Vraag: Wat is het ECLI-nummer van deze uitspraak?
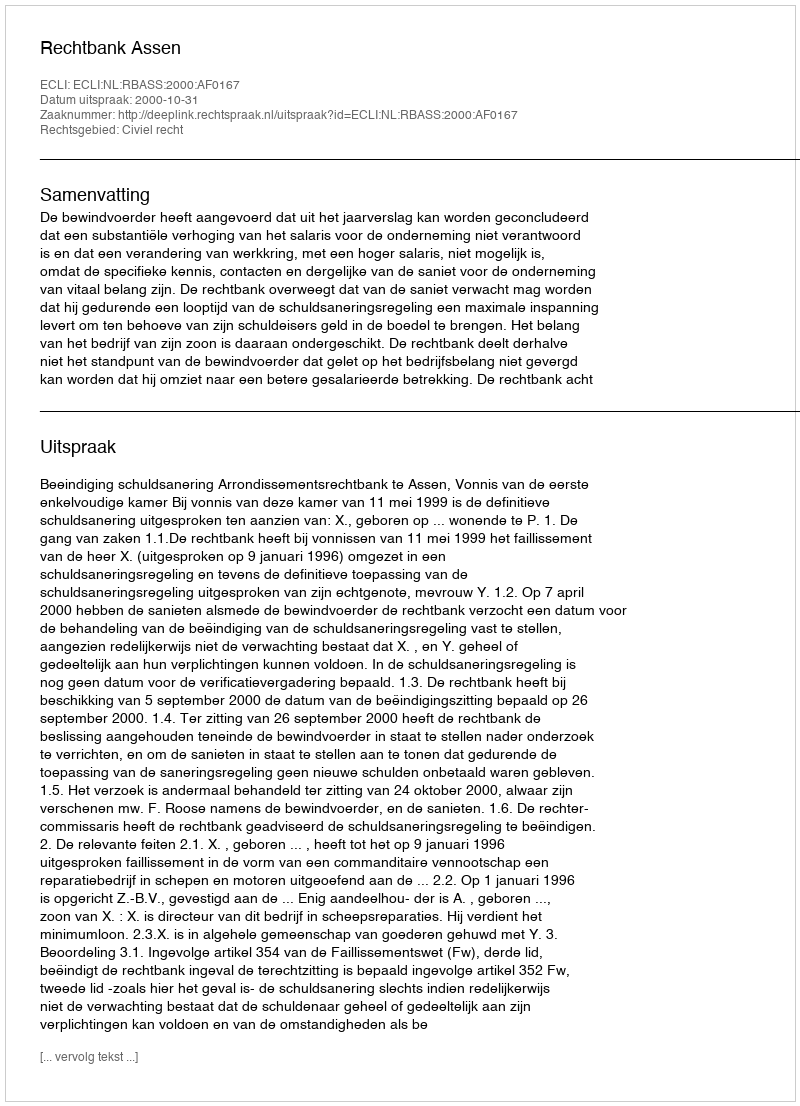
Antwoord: ECLI:NL:RBASS:2000:AF0167